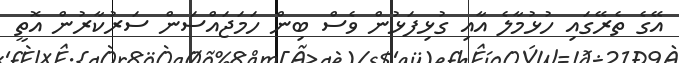
އޭގެ ތެރޭގައި ހުޅުމާލެ އާއި ގުޅިފަޅުން ވެސް ބިން ހަމަޖައްސަން ސަރުކާރުން އޮތީ